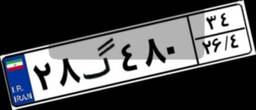
۷۷گ۴۱۷۴۸